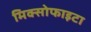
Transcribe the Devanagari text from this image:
मिक्सोफाइटा